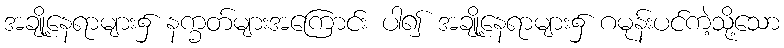
အချို့နေရာများ၌ နက္ခတ်များအကြောင်း ပါ၍ အချို့နေရာများ၌ ဂမုန်းပင်ကဲ့သို့သော